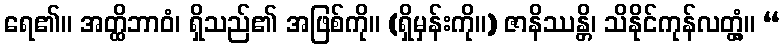
ရေ၏။ အတ္ထိဘာဝံ၊ ရှိသည်၏ အဖြစ်ကို။ (ရှိမှန်းကို။) ဇာနိဿန္တိ၊ သိနိုင်ကုန်လတ္တံ့။ “